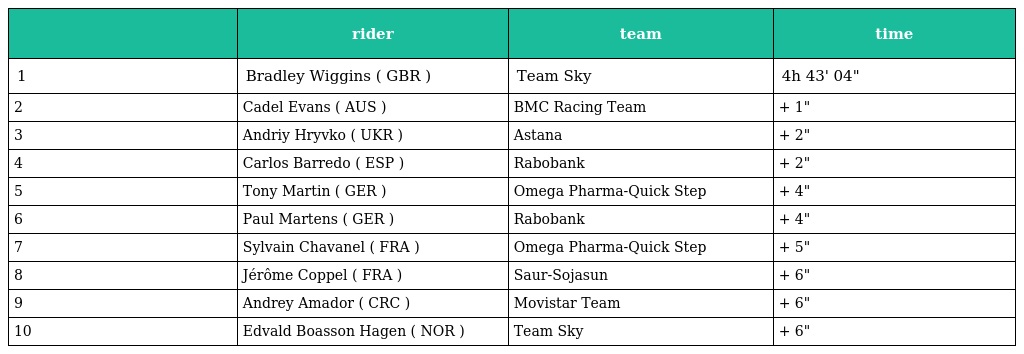
|  | rider | team | time |
 | --- | --- | --- | --- |
 | 1 | Bradley Wiggins ( GBR ) | Team Sky | 4h 43' 04" |
 | 2 | Cadel Evans ( AUS ) | BMC Racing Team | + 1" |
 | 3 | Andriy Hryvko ( UKR ) | Astana | + 2" |
 | 4 | Carlos Barredo ( ESP ) | Rabobank | + 2" |
 | 5 | Tony Martin ( GER ) | Omega Pharma-Quick Step | + 4" |
 | 6 | Paul Martens ( GER ) | Rabobank | + 4" |
 | 7 | Sylvain Chavanel ( FRA ) | Omega Pharma-Quick Step | + 5" |
 | 8 | Jérôme Coppel ( FRA ) | Saur-Sojasun | + 6" |
 | 9 | Andrey Amador ( CRC ) | Movistar Team | + 6" |
 | 10 | Edvald Boasson Hagen ( NOR ) | Team Sky | + 6" |